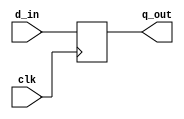
////////////////////////////////////////////////////////////////////////////////
// Version:     1
// Description: 12-bit register implementation
////////////////////////////////////////////////////////////////////////////////

module register12bit_cgrundey(clk, d_in, q_out);
	input clk;
	input  [11:0] d_in;
	output [11:0] q_out;
	reg    [11:0] q_out;

	always @(posedge clk) begin
		q_out <= d_in;
	end

endmodule